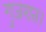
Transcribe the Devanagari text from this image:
गुजरात।